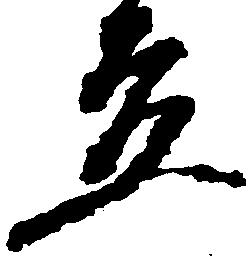
立